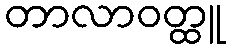
တာလာဝတ္ထူ